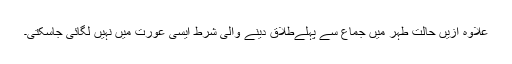
علاوہ ازیں حالت طہر میں جماع سے پہلےطلاق دینے والی شرط ایسی عورت میں نہیں لگائی جاسکتی۔